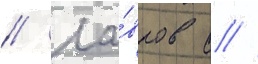
// Ла́вров с //